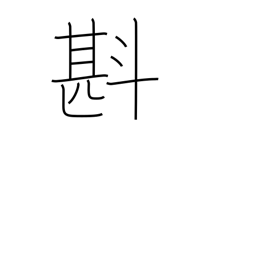
Meaning: estimate